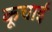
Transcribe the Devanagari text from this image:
कूचाई